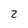
Character: 2